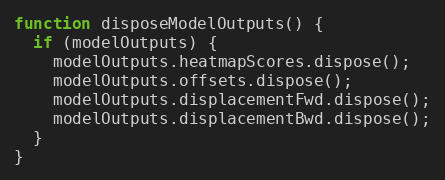
Language: JavaScript
function disposeModelOutputs() {
  if (modelOutputs) {
    modelOutputs.heatmapScores.dispose();
    modelOutputs.offsets.dispose();
    modelOutputs.displacementFwd.dispose();
    modelOutputs.displacementBwd.dispose();
  }
}